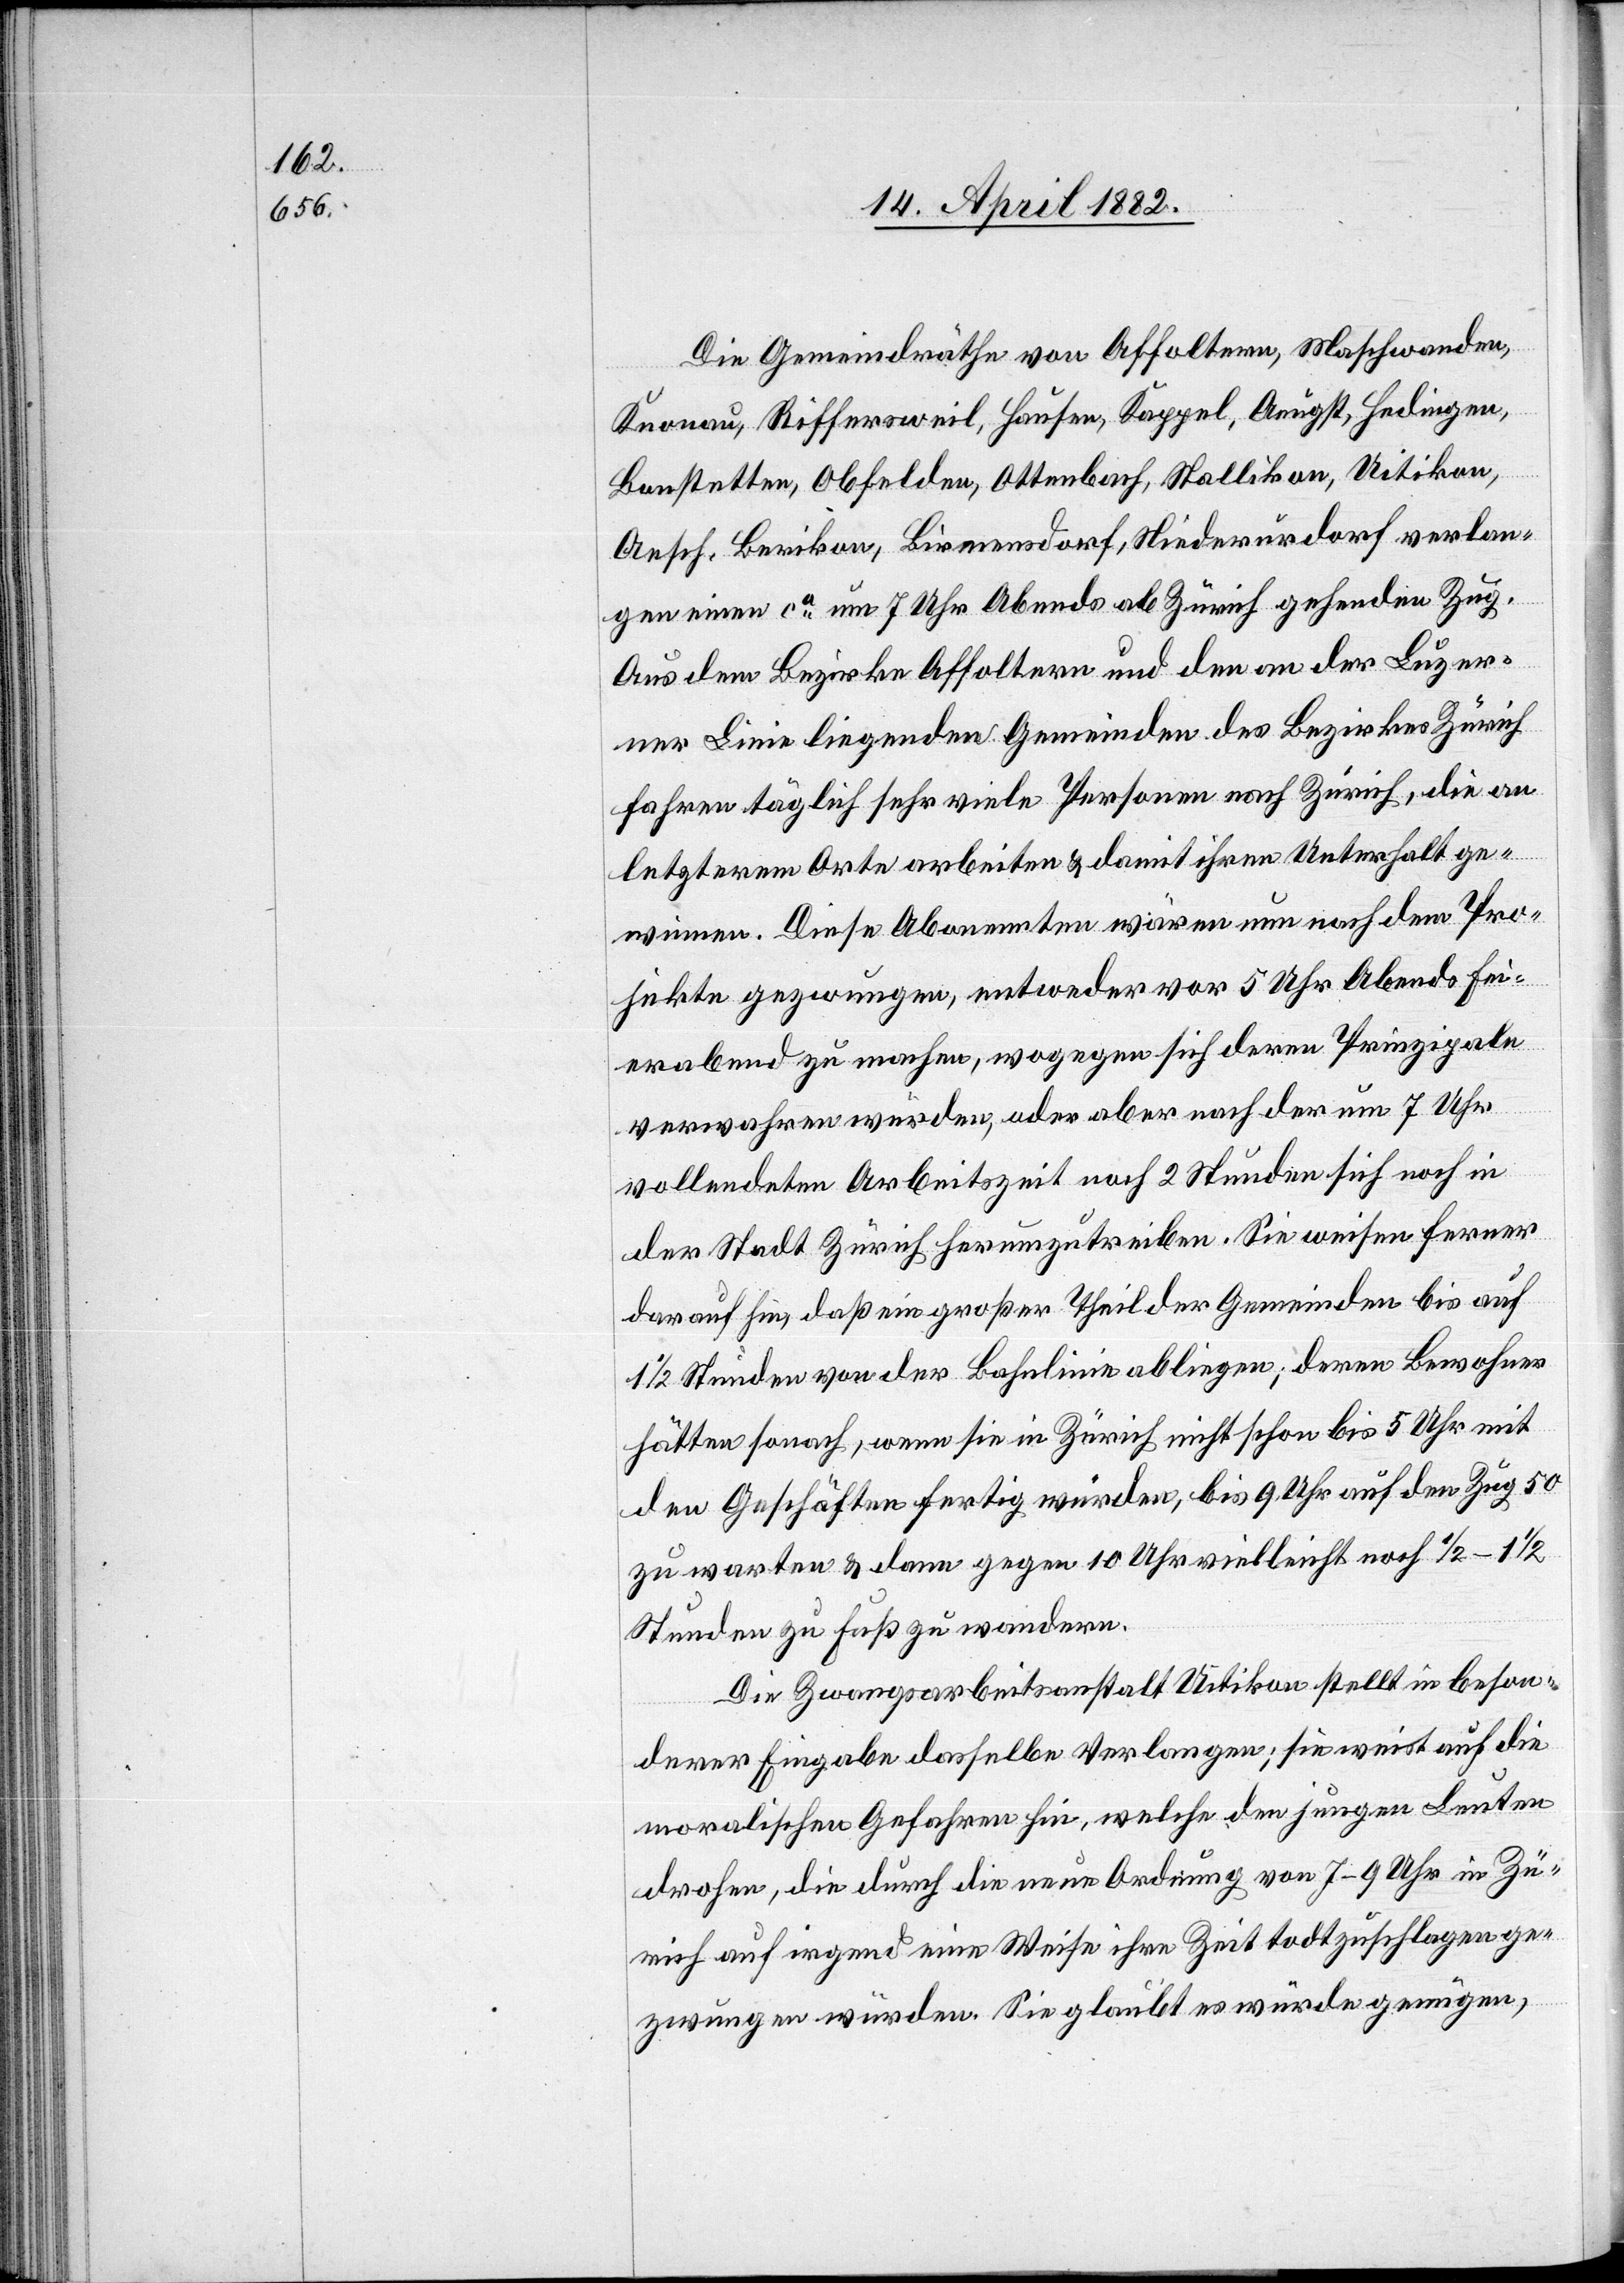
Die Gemeindräthe von Affoltern, Maschwanden,
Knonau, Riffersweil, Hausen, Kappel, Aeugst, Hedingen,
Bonstetten, Obfelden, Ottenbach, Stallikon, Uitikon,
Aesch, Berikon, Birmensdorf, Niederurdorf verlan¬
gen einen ca um 7 Uhr Abends ab Zürich gehenden Zug.
Aus dem Bezirke Affoltern und den an der Luzer¬
ner Linie liegenden Gemeinden des Bezirkes Zürich
fahren täglich sehr viele Personen nach Zürich, die an
letzterem Orte arbeiten & damit ihren Unterhalt ge¬
winnen. Diese Abonennten wären nun nach dem Pro¬
jekte gezwungen, entweder vor 5 Uhr Abends Fei¬
erabend zu machen, wogegen sich deren Prinzipale
verwahren würden, oder aber nach der um 7 Uhr
vollendeten Arbeitszeit noch 2 Stunden sich noch in
der Stadt Zürich herumzutreiben. Sie weisen ferner
darauf hin, daß ein großer Theil der Gemeinden bis auf
1/2 Stunden von der Bahnlinie abliegen; deren Bewohner
hätten sonach, wenn sie in Zürich nicht schon bis 5 Uhr mit
den Geschäften fertig würden, bis 9 Uhr auf den Zug 50
zu warten & dann gegen 10 Uhr vielleicht noch 1/2–11/2
Stunden zu Fuß zu wandern.
Die Zwangsarbeitsanstalt Uitikon stellt in beson¬
derer Eingabe dasselbe Verlangen; sie weist auf die
moralischen Gefahren hin, welche den jungen Leuten
drohen, die durch die neue Ordnung von 7–9 Uhr in Zü¬
rich auf irgend eine Weise ihre Zeit todtzuschlagen ge¬
zwungen würden. Sie glaubt es würde genügen,